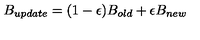
B _ { u p d a t e } = ( 1 - \epsilon ) B _ { o l d } + \epsilon B _ { n e w }